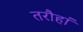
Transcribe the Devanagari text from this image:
तरौहां